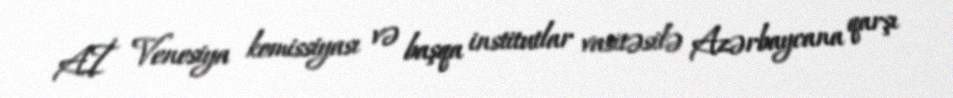
Aİ Venesiya komissiyası və başqa institutlar vasitəsilə Azərbaycana qarşı